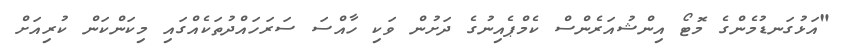
"އަޅުގަނޑުމެންގެ މޮޓޯ އިންޝުއަރެންސް ކެމްޕެއިނުގެ ދަށުން ވަކި ހާއްސަ ސަރަހައްދުތަކެއްގައި މިކަންކަން ކުރިއަށް